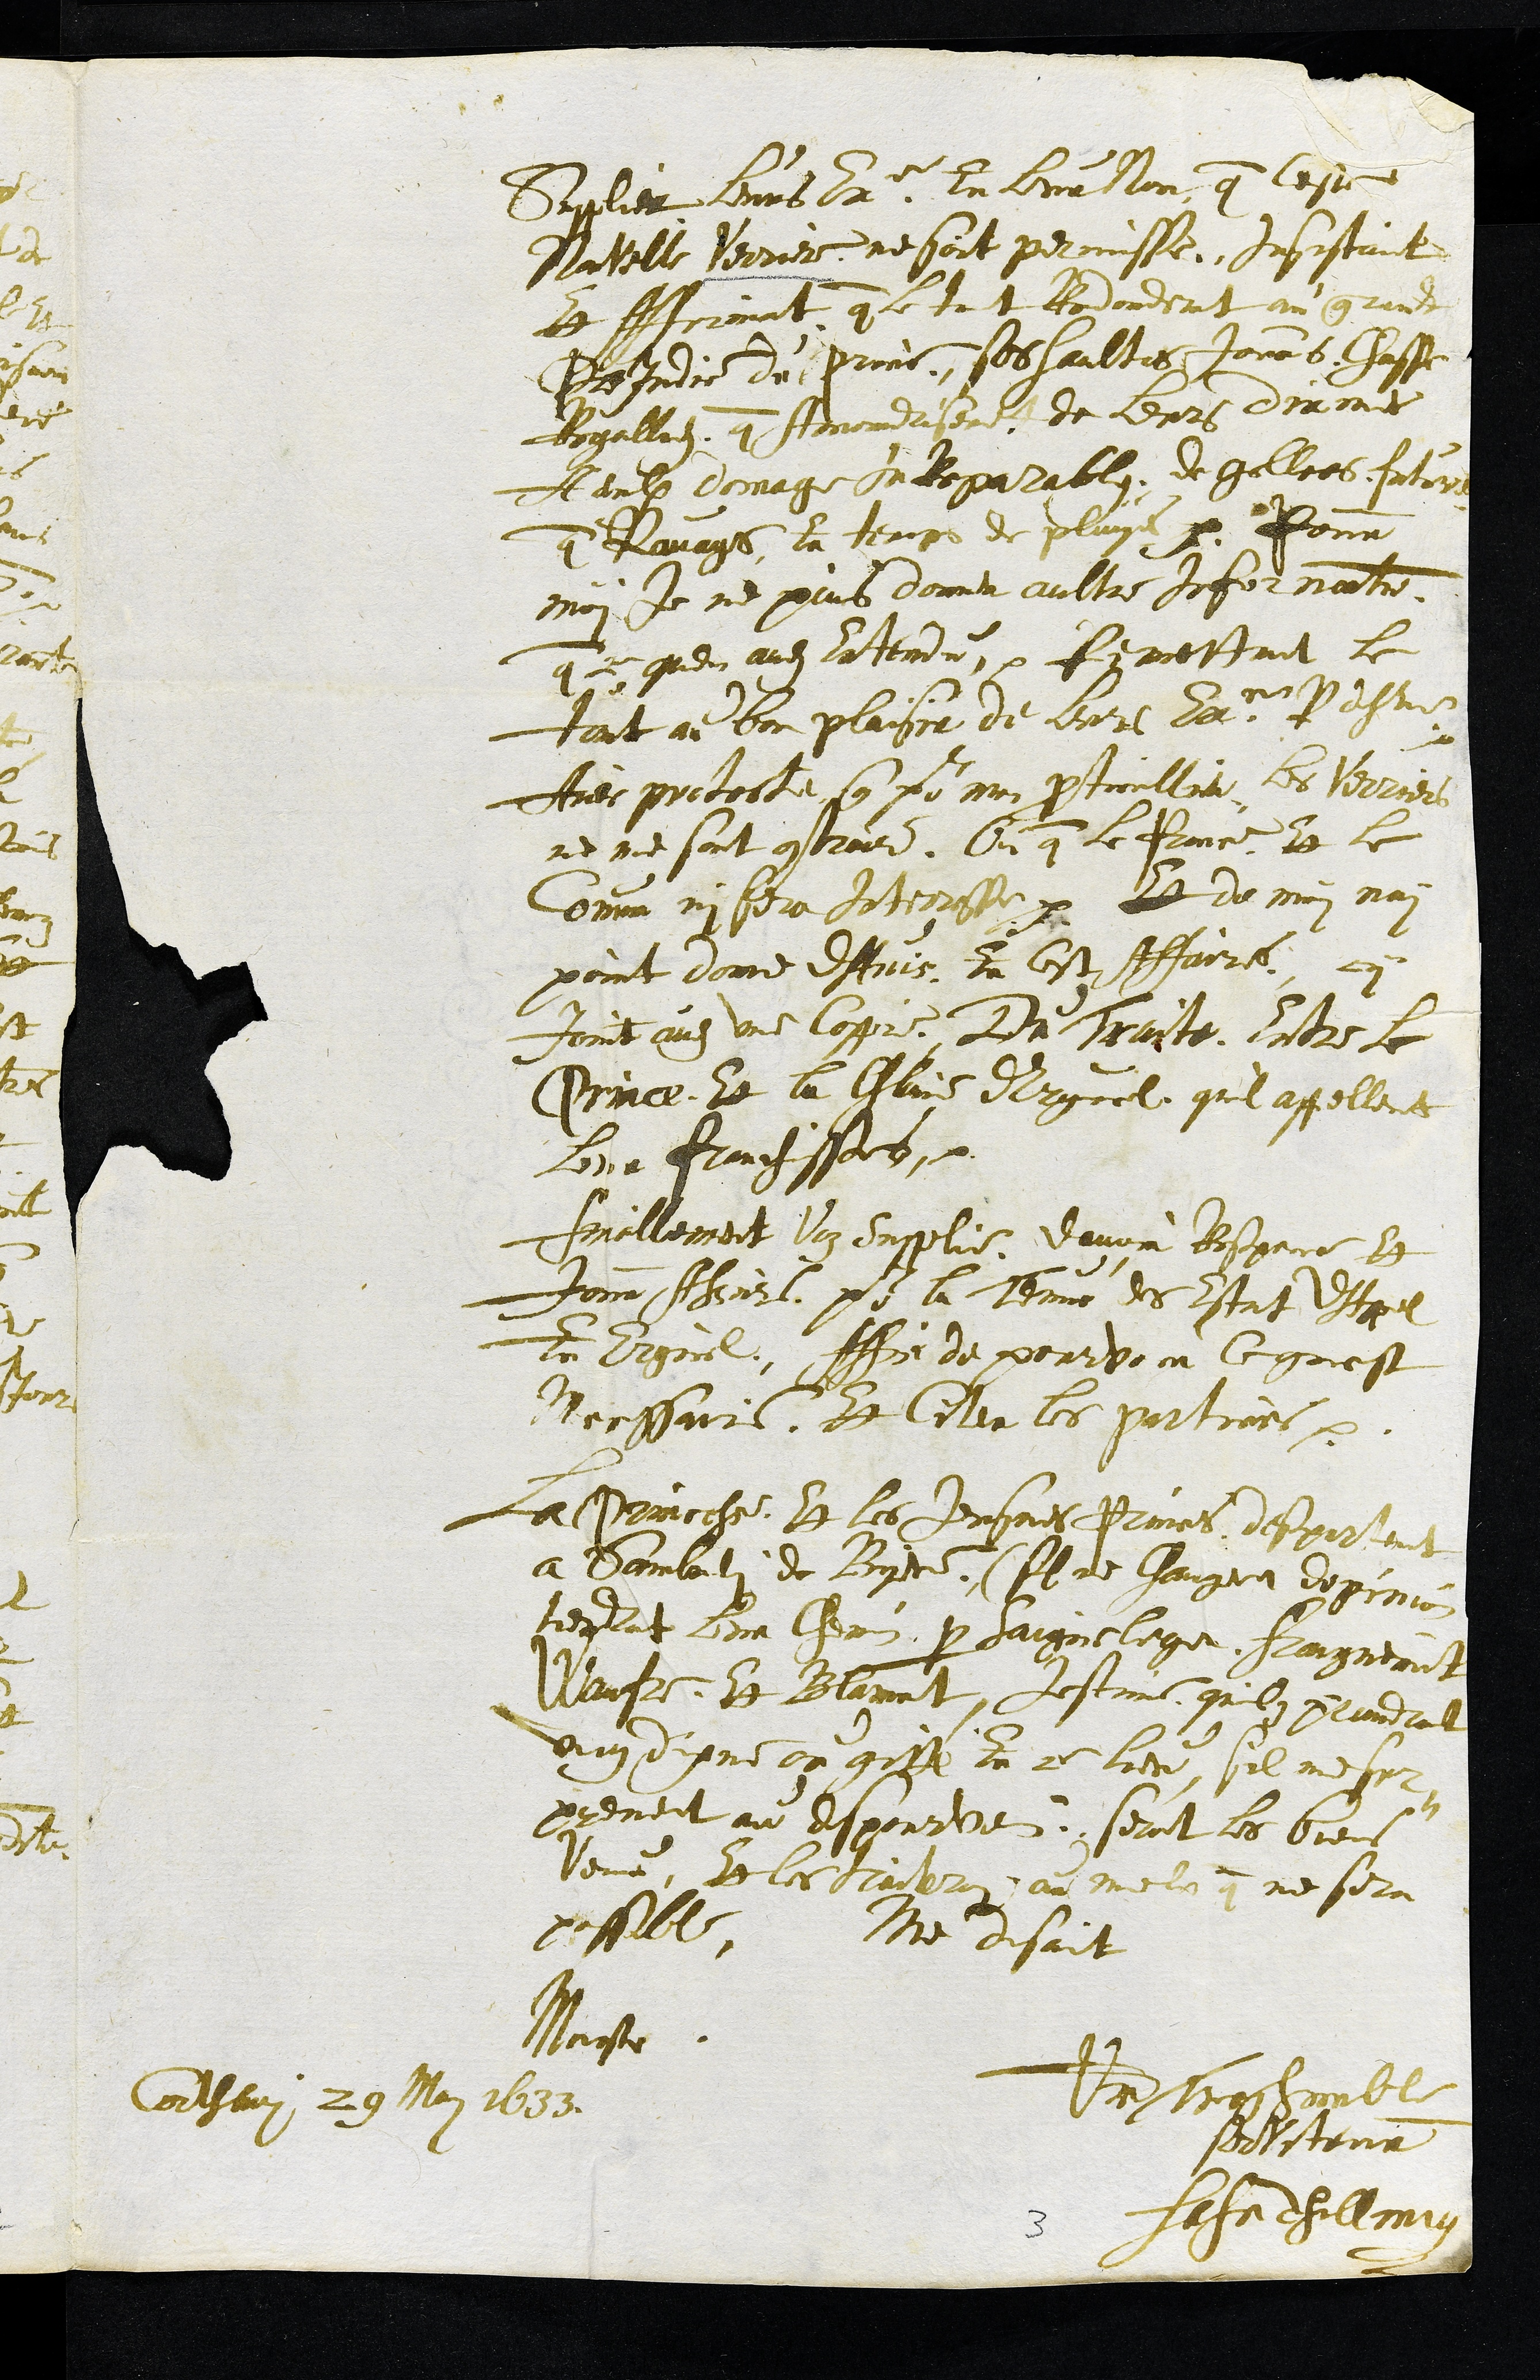
Supplier leurs Excellence En leur Non que Ceste
Nouvelle Verriere ne soit permisse Insistant
Et affirmant que le tout Revienderat au grandt
PreJudice du prince, ses haultes Jours, Chasse
Regallies que Amoindrisement de leurs dixmes
A eulx domage InReparables de gellees futures
que Ravages En temps de pluyes. Pour
moy je ne puis donner aultre information
que  ce quen aies entendu. Remettant le
tout au bon plaisir de leurs Excellences Reverendissimes
Avec proteste que pour mon particullier les Verriers
ne me sont contraire Ou que le Prince Et le
Comun ny sera Interresse. Et de moy nay
point donne dAvis En cest Affaires. cy
Joint audit une Coppie Du Traite Entre le
Prince Et la Chatellenie d'Erguel quil appellent
leur franchisses.
finallement Voz Supplie davoir Responce Et
Jour Assavoir pour le Terme des Estat dAppel
en Erguel Affin de pourvoir ce quest
Necessaire Et Citer les parties.
La princesse Et les Jeusnes princes despartent
a Sambedi de Byene (sil ne changera dopinion
tiendront leur Chemin par Saigneleger Franquemont
Waufre Et Blamont, Jestime quilz prendront
ung dixne ou gitte En ce lieu, sil me sur¬
prenent au despourveu, seront les biens
Venus, Et les traiterai au mieulx que me sera
possible, Me dianit
Monsieur
Votre Tres humble
serviteur
Hans Heinrich Thellung
Corthlari 29 May 1633
3